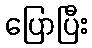
ပြောပြီး